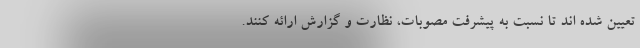
تعیین شده اند تا نسبت به پیشرفت مصوبات، نظارت و گزارش ارائه کنند.